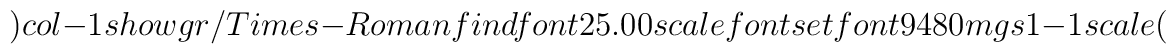
) col-1 show gr/Times-Roman findfont 25.00 scalefont setfont94 80 mgs 1 -1 scale (